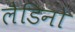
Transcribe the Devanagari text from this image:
लैडिनो